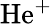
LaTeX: \mathrm{He}^{+}